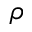
\rho